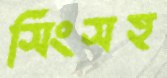
সিংসহ